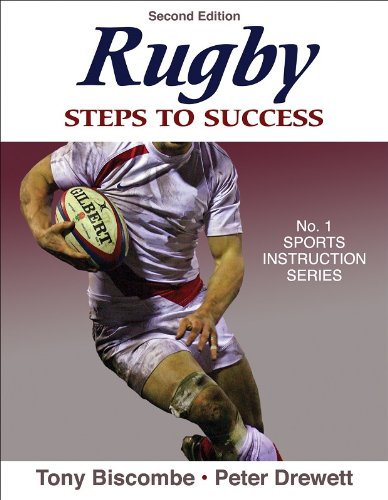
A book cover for Rugby: Steps to Success - 2nd Edition (Steps to Success Activity Series); Tony Biscombe; Sports & Outdoors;